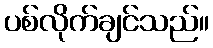
ပစ်လိုက်ချင်သည်။